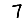
Digit: 7